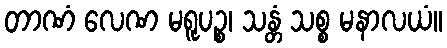
တာဏံ လေဏ မရူပဉ္စ၊ သန္တံ သစ္စ မနာလယံ။